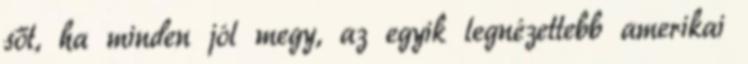
sőt, ha minden jól megy, az egyik legnézettebb amerikai